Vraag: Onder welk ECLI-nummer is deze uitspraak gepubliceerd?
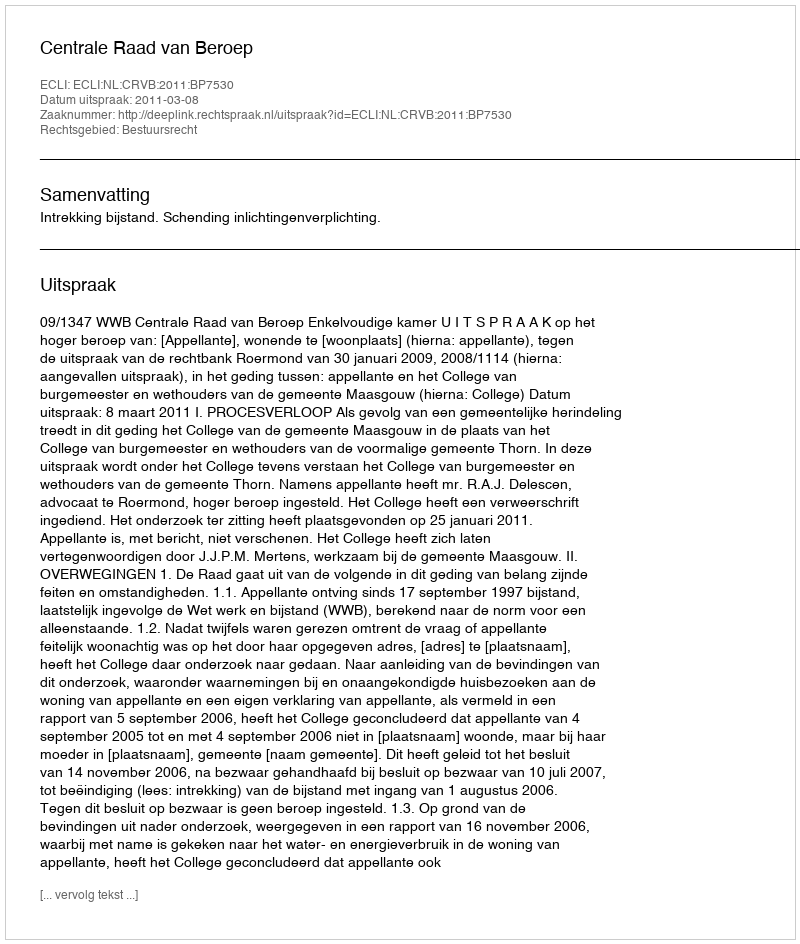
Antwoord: ECLI:NL:CRVB:2011:BP7530